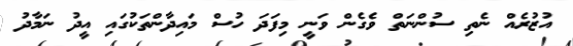
އުޒުރެއް ނެތި ސުންނަތް ވެގެން ވަނީ މިފަދަ ހުސް މައިދާންތަކުގައި އީދު ނަމާދު